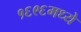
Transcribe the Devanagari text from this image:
१६९६मध्ये